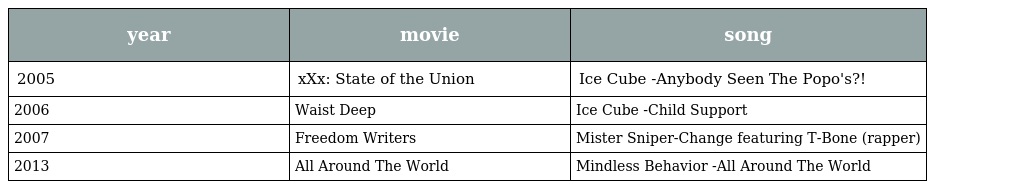
| year | movie | song |
 | --- | --- | --- |
 | 2005 | xXx: State of the Union | Ice Cube -Anybody Seen The Popo's?! |
 | 2006 | Waist Deep | Ice Cube -Child Support |
 | 2007 | Freedom Writers | Mister Sniper-Change featuring T-Bone (rapper) |
 | 2013 | All Around The World | Mindless Behavior -All Around The World |